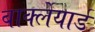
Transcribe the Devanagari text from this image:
बार्क्लेयार्ड